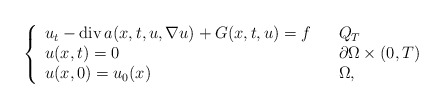
\begin{align*}\left\{\begin{array}[c]{lll}u_{t}-\operatorname{div}a(x,t,u,\nabla u)+G(x,t,u)=f & & Q_{T}\\u(x,t)=0 & & \partial\Omega\times\left( 0,T\right) \\u(x,0)=u_{0}(x) & & \Omega,\end{array}\right. \end{align*}